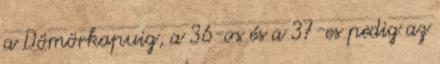
a Dömörkapuig, a 36-os és a 37-es pedig az